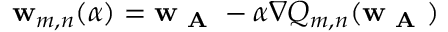
\mathbf { w } _ { m , n } ( \alpha ) = \mathbf { w } _ { \textbf { A } } - \alpha \nabla Q _ { m , n } ( \mathbf { w } _ { \textbf { A } } )